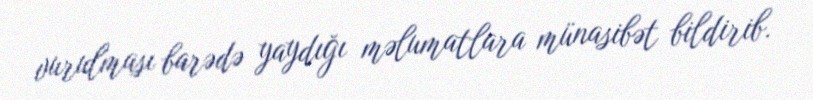
vurulması barədə yaydığı məlumatlara münasibət bildirib.